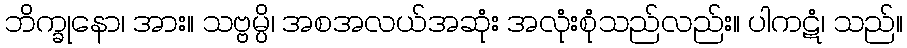
ဘိက္ခုနော၊ အား။ သဗ္ဗမ္ပိ၊ အစအလယ်အဆုံး အလုံးစုံသည်လည်း။ ပါကဋံ၊ သည်။